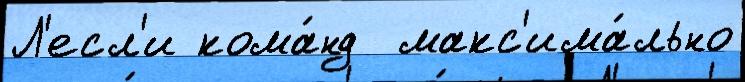
Л'есл'и кома́нд  макс'има́льно